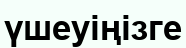
үшеуіңізге